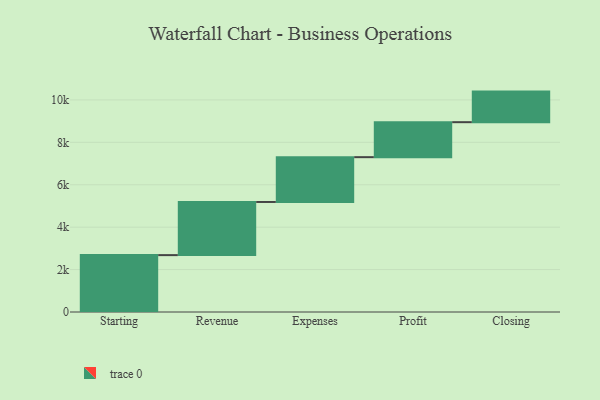
{"axis": {"x": "Step", "y": "Value"}, "legend": [""], "data": [{"x": "Starting", "y": 2682.0, "type": ""}, {"x": "Revenue", "y": 2506.0, "type": ""}, {"x": "Expenses", "y": 2113.0, "type": ""}, {"x": "Profit", "y": 1649.0, "type": ""}, {"x": "Closing", "y": 1442.0, "type": ""}]}